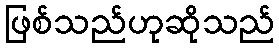
ဖြစ်သည်ဟုဆိုသည်